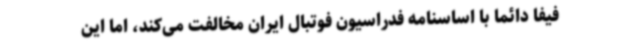
فیفا دائما با اساسنامه فدراسیون فوتبال ایران مخالفت می‌کند، اما این